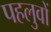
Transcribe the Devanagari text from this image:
पहलुवों